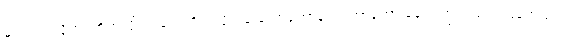
မိုးက ရွာလိုက်၊ တိတ်လိုက်၊ လေတိုက်လိုက်နဲ့ တော်တော်လေးကြာတော့ ခေါင်းတွဲက အော်ပြန်တယ်။